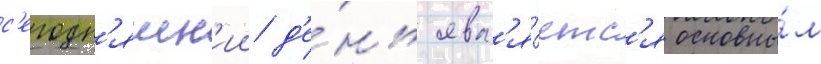
с'егодн'яшн'ии д'е́нь явл'я́етс'я основны́м